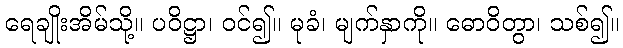
ရေချိုးအိမ်သို့။ ပဝိဋ္ဌာ၊ ဝင်၍။ မုခံ၊ မျက်နှာကို။ ဓောဝိတွာ၊ သစ်၍။